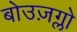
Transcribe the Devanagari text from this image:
बोउज़ग्लो